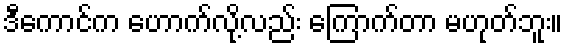
ဒီကောင်က ဟောက်လို့လည်း ကြောက်တာ မဟုတ်ဘူး။